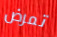
تمرض